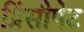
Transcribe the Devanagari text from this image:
प्रिंसीपेट